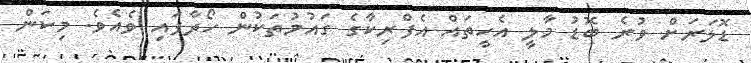
ޑޮލަރަށް ވުރެ ބޮޑު މާލީ އެހީތައް އެފްރިކާގެ ގައުމުތަކުން ހޯދާފައި ވެއެވެ. މިކަން